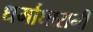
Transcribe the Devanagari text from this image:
धर्माधारानी